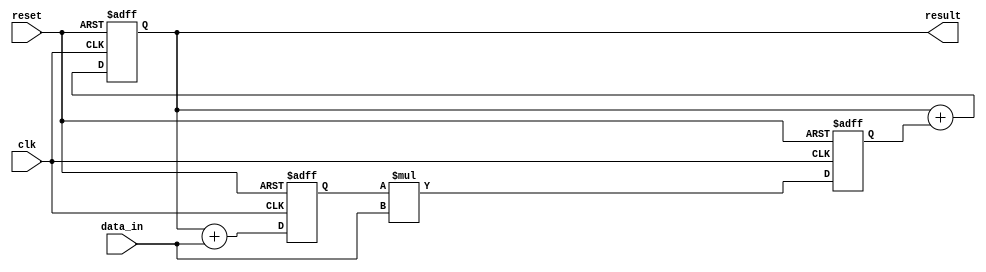
module pipeline_accumulator (
    // Input signals
    input wire [31:0] data_in,
    input wire clk, reset,
    
    // Output signals
    output reg [31:0] result
);

// Internal signals
reg [31:0] stage1_out, stage2_out;
reg [31:0] accumulator;

// Stage 1: Addition
always @(posedge clk or posedge reset) begin
    if (reset) begin
        stage1_out <= 0;
    end else begin
        stage1_out <= accumulator + data_in;
    end
end

// Stage 2: Multiplication
always @(posedge clk or posedge reset) begin
    if (reset) begin
        stage2_out <= 0;
    end else begin
        stage2_out <= stage1_out * data_in;
    end
end

// Accumulator
always @(posedge clk or posedge reset) begin
    if (reset) begin
        accumulator <= 0;
    end else begin
        accumulator <= accumulator + stage2_out;
    end
end

// Output result
assign result = accumulator;

endmodule